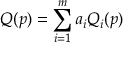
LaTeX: Q ( p ) = \sum _ { i = 1 } ^ { m } a _ { i } Q _ { i } ( p )